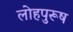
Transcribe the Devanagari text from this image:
लोहपुरूष